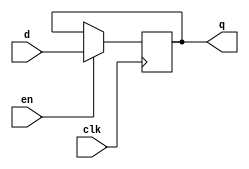
`timescale 1ns / 1ps

module d_ff(
    input clk,          // system clock
    input d,            // data bit coming in
    input en,           // enable storing of data bit
    output reg q        // stored data bit
    );
    
    always @(posedge clk) begin
        if(en)
            q <= d;
    end
endmodule